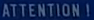
ATTENTION!